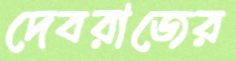
দেবরাজের